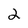
Character: 2